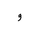
Letter: _waw